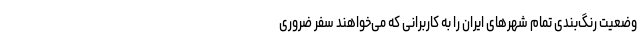
وضعیت رنگ‌بندی تمام شهرهای ایران را به کاربرانی که می‌خواهند سفر ضروری